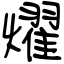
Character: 燿